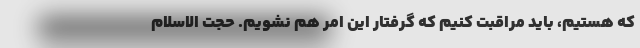
که هستیم، باید مراقبت کنیم که گرفتار این امر هم نشویم. حجت الاسلام